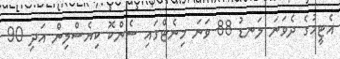
އެޓީމުގެ ދެވަނަ ލަނޑު 88 ވަނަ މިނެޓްގައި ސެންކޮ ކިޔެސްލިން އަދި 90